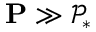
\mathbf { P } \gg \mathcal { P } _ { * }